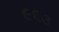
૯૬૩